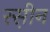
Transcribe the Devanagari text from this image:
रस़ीन